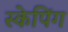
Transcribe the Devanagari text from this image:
स्केपिंग